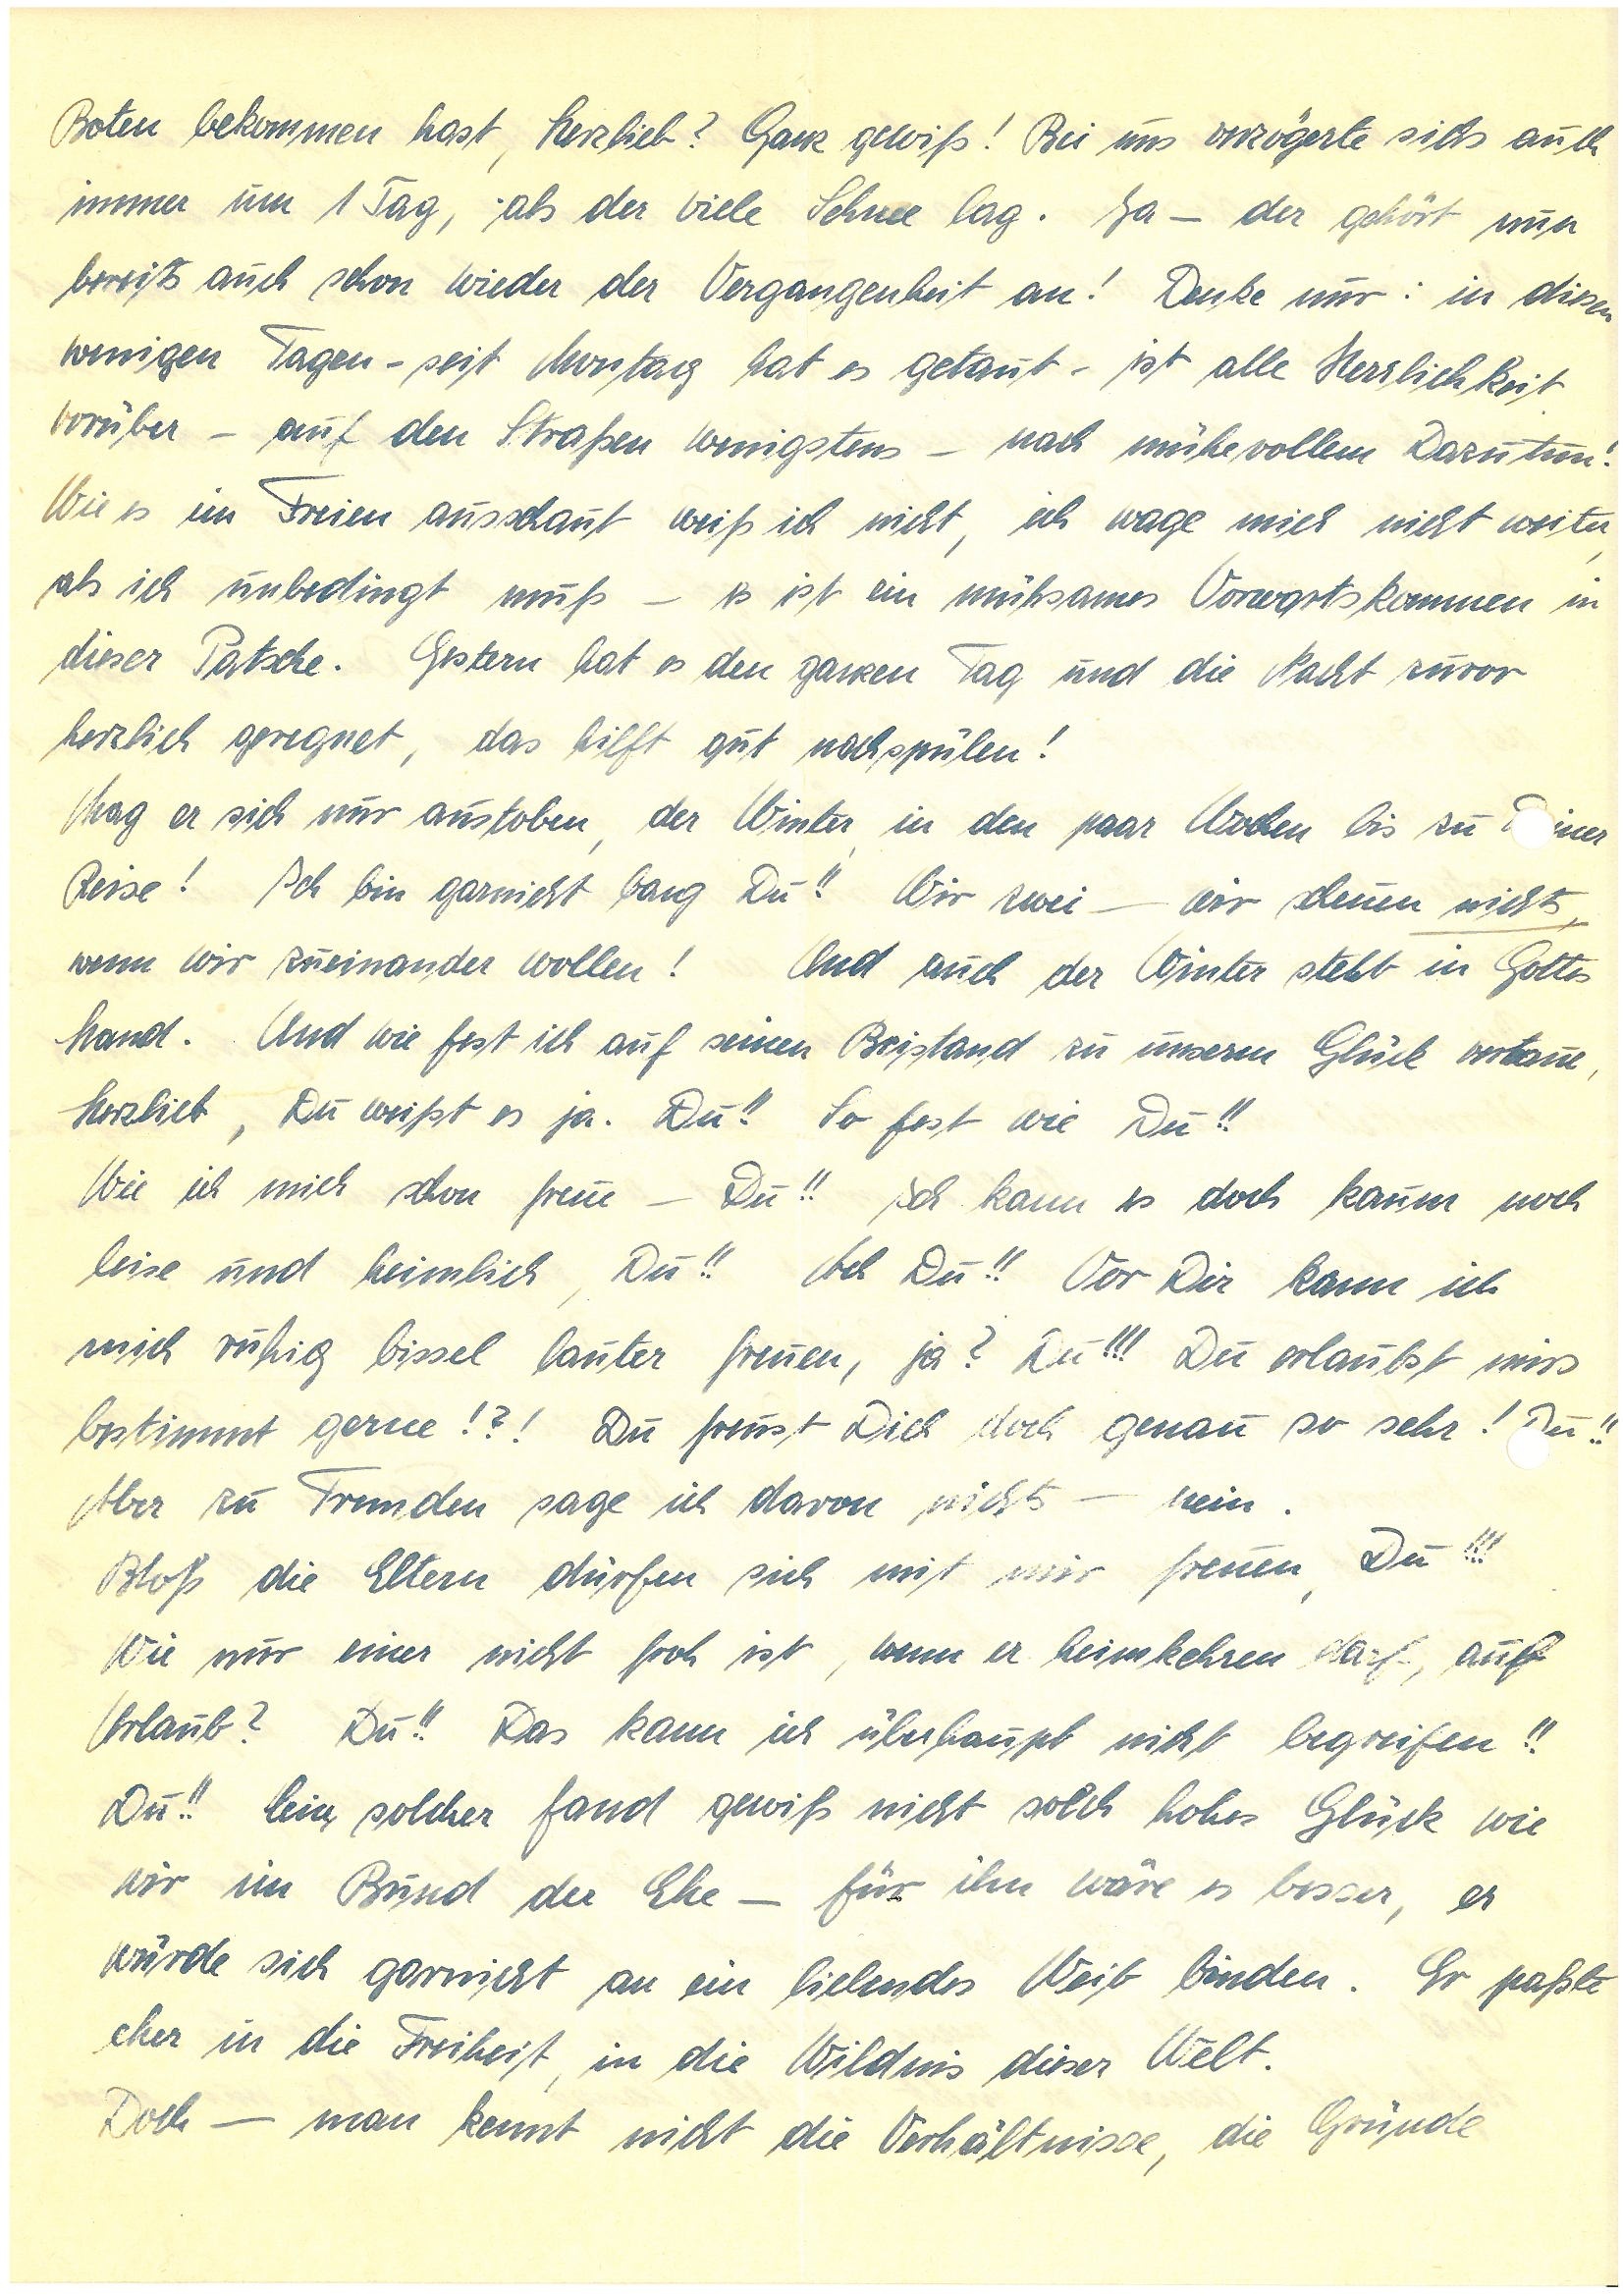
Boten bekommen hast, Herzlieb? Ganz gewiß! Bei uns verzögerte sichs auch
immer um 1 Tag, als der viele Schnee lag. Ja – der gehört nun
bereits auch schon wieder der Vergangenheit an! Denke nur: in diesen
wenigen Tagen – seit Montag hat es getaut – ist alle Herrlichkeit
vorüber – auf den Straßen wenigstens – nach mühevollem Dazutun!
Wie es im Freien ausschaut weiß ich nicht, ich wage mich nicht weiter,
als ich unbedingt muß – es ist ein mühsames Vorwärtskommen in
dieser Patsche. Gestern hat es den ganzen Tag und die Nacht zuvor
herzlich geregnet, das hilft gut nachspülen!
Mag er sich nur austoben, der Winter in den paar Wochen bis zu iner
Reise! Ich bin garnicht bang Du!! Wir zwei – wir scheuen nichts,
wenn wir zueinander wollen! Und auch der Winter steht in Gottes
Hand. Und wie fest ich auf seinen Beistand zu unserm Glück vertraue,
Herzlieb, Du weißt es ja. Du!! So fest wie Du!!
Wie ich mich schon freue – Du!! Ich kann es doch kaum noch
leise und heimlich, Du!! Ach Du!! Vor Dir kann ich
mich ruhig bissel lauter freuen, ja? Du!!! Du erlaubst mirs
bestimmt gerne!?! Du freust Dich doch genau so sehr! Du!!
Aber zu Fremden sage ich davon nichts – nein.
Bloß die Eltern dürfen sich mit mir freuen, Du!!!
Wie nur einer nicht froh ist, wenn er heimkehren darf auf
Urlaub? Du!! Das kann ich überhaupt nicht begreifen!!
Du!! Ein solcher fand gewiß nicht solch hohes Glück wie
wir im Bund der Ehe – für ihn wäre es besser, er
würde sich garnicht an ein liebendes Weib binden. Er paßte
eher in die Freiheit, in die Wildnis dieser Welt.
Doch – man kennt nicht die Verhältnisse, die Gründe